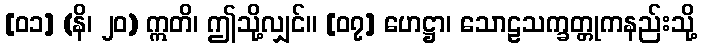
[၀၁] (နိ၊ ၂၀) ဣတိ၊ ဤသို့လျှင်။ [၀၇] ဟေဋ္ဌာ၊ သောဠသက္ခတ္တုကနည်းသို့